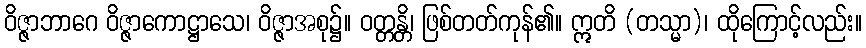
ဝိဇ္ဇာဘာဂေ ဝိဇ္ဇာကောဋ္ဌာသေ၊ ဝိဇ္ဇာအစု၌။ ဝတ္တန္တိ၊ ဖြစ်တတ်ကုန်၏။ ဣတိ (တသ္မာ)၊ ထိုကြောင့်လည်း။